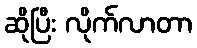
ဆိုပြီး လိုက်လာတာ